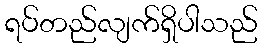
ရပ်တည်လျက်ရှိပါသည်